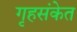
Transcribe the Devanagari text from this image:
गृहसंकेत